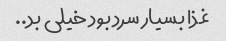
غذا بسیار سرد بود خیلی بد..